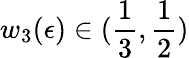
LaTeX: w_{3}(\epsilon)\in(\frac{1}{3},\frac{1}{2})